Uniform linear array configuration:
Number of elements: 8
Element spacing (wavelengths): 1
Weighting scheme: cosine
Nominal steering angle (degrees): -45
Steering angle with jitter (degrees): -45.06
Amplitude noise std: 0.05
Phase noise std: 0.05

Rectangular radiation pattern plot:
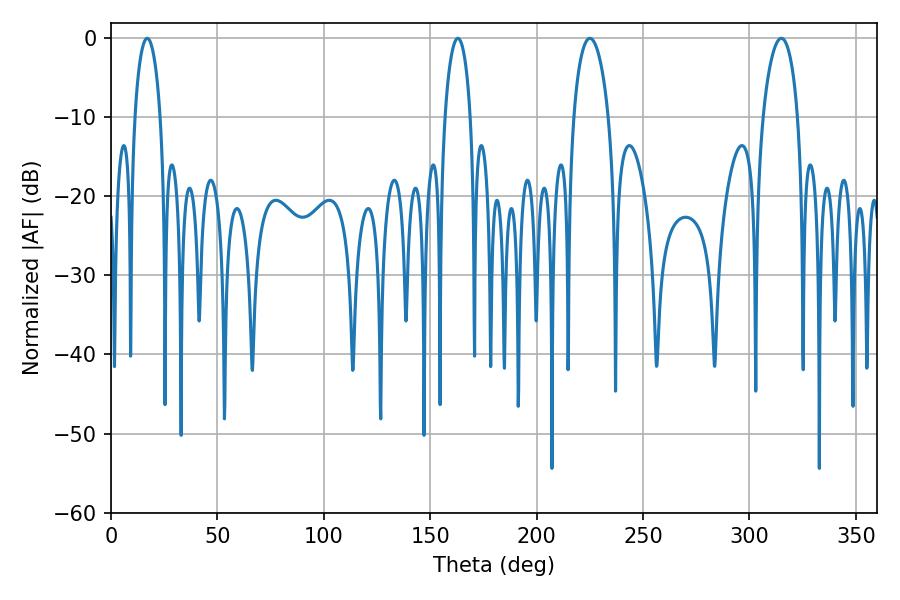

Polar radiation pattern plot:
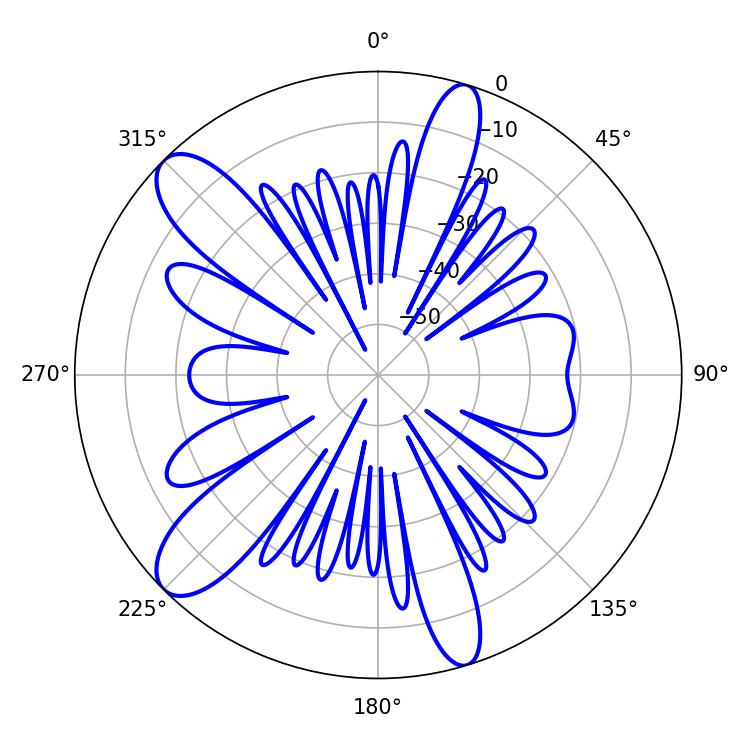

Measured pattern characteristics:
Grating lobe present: TRUE
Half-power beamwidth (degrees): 9.36
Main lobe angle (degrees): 225